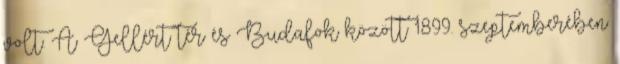
volt. A Gellért tér és Budafok között 1899. szeptemberében